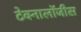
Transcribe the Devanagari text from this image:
टेक्नालॉजीस